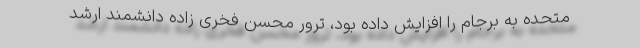
متحده به برجام را افزایش داده بود، ترور محسن فخری زاده دانشمند ارشد